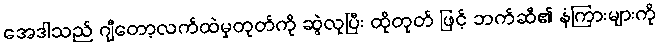
အေဒါသည် ဂျီတော့လက်ထဲမှတုတ်ကို ဆွဲလုပြီး ထိုတုတ် ဖြင့် ဘက်ဆီ၏ နံကြားများကို